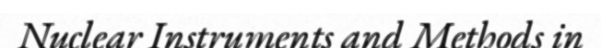
Nuclear Instruments and Methods in